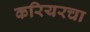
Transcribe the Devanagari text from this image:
करियरचा